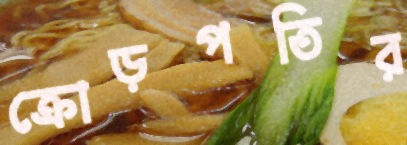
ক্রোড়পতির